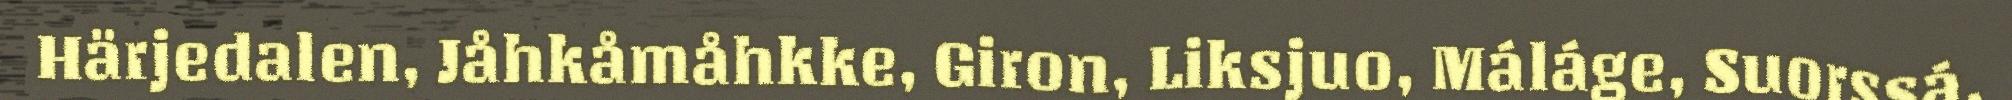
Härjedalen, Jåhkåmåhkke, Giron, Liksjuo, Máláge, Suorssá,